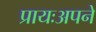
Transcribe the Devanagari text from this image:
प्रायःअपने